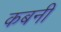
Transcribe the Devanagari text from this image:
कबनी